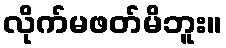
လိုက်မဖတ်မိဘူး။